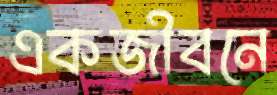
একজীবনে